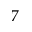
7